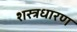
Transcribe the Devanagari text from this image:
शस्त्रधारण